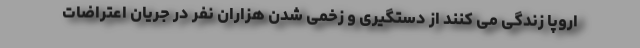
اروپا زندگی می کنند از دستگیری و زخمی شدن هزاران نفر در جریان اعتراضات